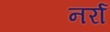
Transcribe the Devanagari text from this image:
नर्रा